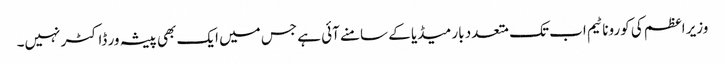
وزیر اعظم کی کورونا ٹیم اب تک متعدد بار میڈیا کے سامنے آئی ہے جس میں ایک بھی پیشہ ور ڈاکٹر نہیں۔